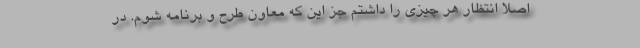
اصلاً انتظار هر چیزی را داشتم جز این که معاون طرح و برنامه شوم. در